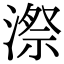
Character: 漈